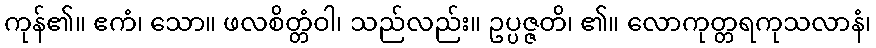
ကုန်၏။ ဧကံ၊ သော။ ဖလစိတ္တံဝါ၊ သည်လည်း။ ဥပ္ပဇ္ဇတိ၊ ၏။ လောကုတ္တရကုသလာနံ၊